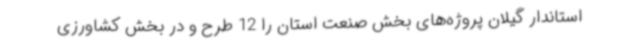
استاندار گیلان پروژه‌های بخش صنعت استان را 12 طرح و در بخش کشاورزی